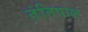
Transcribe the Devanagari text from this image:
तंतिपाल